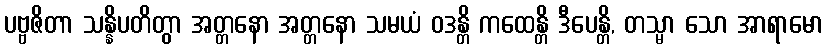
ပဗ္ဗဇိတာ သန္နိပတိတွာ အတ္တနော အတ္တနော သမယံ ဝဒန္တိ ကထေန္တိ ဒီပေန္တိ, တသ္မာ သော အာရာမော